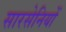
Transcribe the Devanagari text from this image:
सारसेनियों